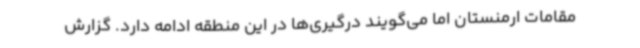
مقامات ارمنستان اما می‌گویند درگیری‌ها در این منطقه ادامه دارد. گزارش